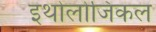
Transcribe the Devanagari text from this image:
इथोलोजिकल